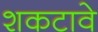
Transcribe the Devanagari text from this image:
शकटावे